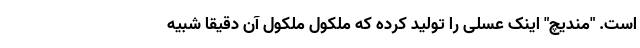
است. "مندیچ" اینک عسلی را تولید کرده که ملکول ملکول آن دقیقا شبیه